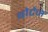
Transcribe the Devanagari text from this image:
बोटेन